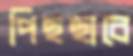
পিছছাবে